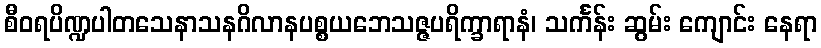
စီဝရပိဏ္ဍပါတသေနာသနဂိလာနပစ္စယဘေသဇ္ဇပရိက္ခာရာနံ၊ သင်္ကန်း ဆွမ်း ကျောင်း နေရာ